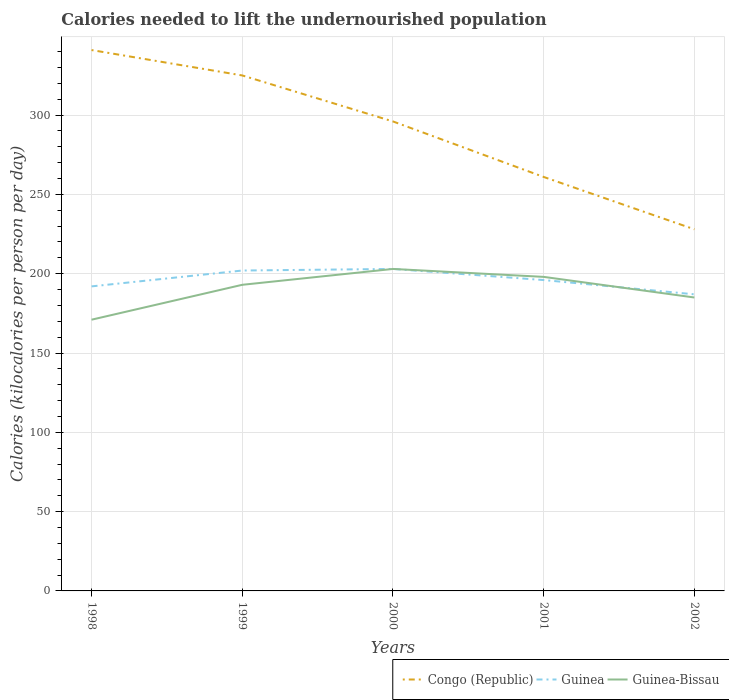
| Years | Congo (Republic) | Guinea | Guinea-Bissau |
 | --- | --- | --- | --- |
 | 1998 | 341 | 192 | 171 |
 | 1999 | 325 | 202 | 193 |
 | 2000 | 296 | 203 | 203 |
 | 2001 | 261 | 196 | 198 |
 | 2002 | 228 | 187 | 185 |